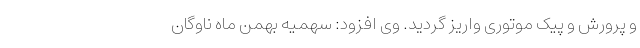
و پرورش و پیک موتوری واریز گردید. وی افزود: سهمیه بهمن ماه ناوگان